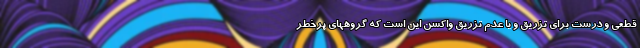
قطعی و درست برای تزریق و یا عدم تزریق واکسن این است که گروههای پرخطر